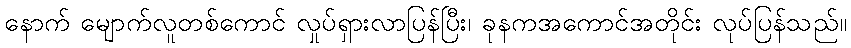
နောက် မျောက်လူတစ်ကောင် လှုပ်ရှားလာပြန်ပြီး၊ ခုနကအကောင်အတိုင်း လုပ်ပြန်သည်။